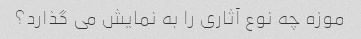
موزه چه نوع آثاری را به نمایش می گذارد؟